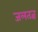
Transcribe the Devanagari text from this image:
जलतज्ञ